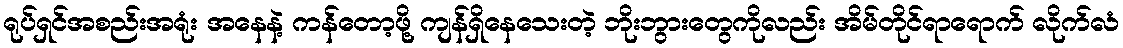
ရုပ်ရှင်အစည်းအရုံး အနေနဲ့ ကန်တော့ဖို့ ကျန်ရှိနေသေးတဲ့ ဘိုးဘွားတွေကိုလည်း အိမ်တိုင်ရာရောက် လိုက်လံ